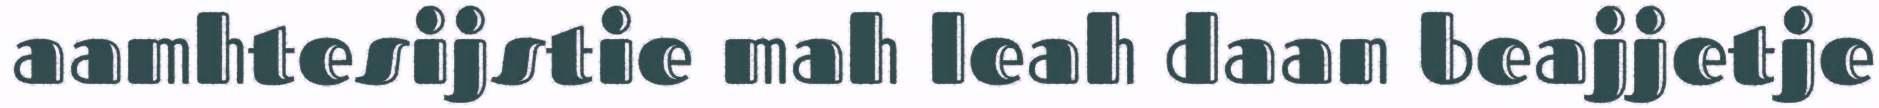
aamhtesijstie mah leah daan beajjetje